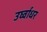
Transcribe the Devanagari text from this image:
उर्घ्वाधर